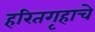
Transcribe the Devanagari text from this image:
हरितगृहाचे